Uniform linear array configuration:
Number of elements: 64
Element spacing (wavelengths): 0.25
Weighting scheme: kaiser
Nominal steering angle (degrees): -45
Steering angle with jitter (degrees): -44.741
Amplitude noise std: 0.05
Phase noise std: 0.05

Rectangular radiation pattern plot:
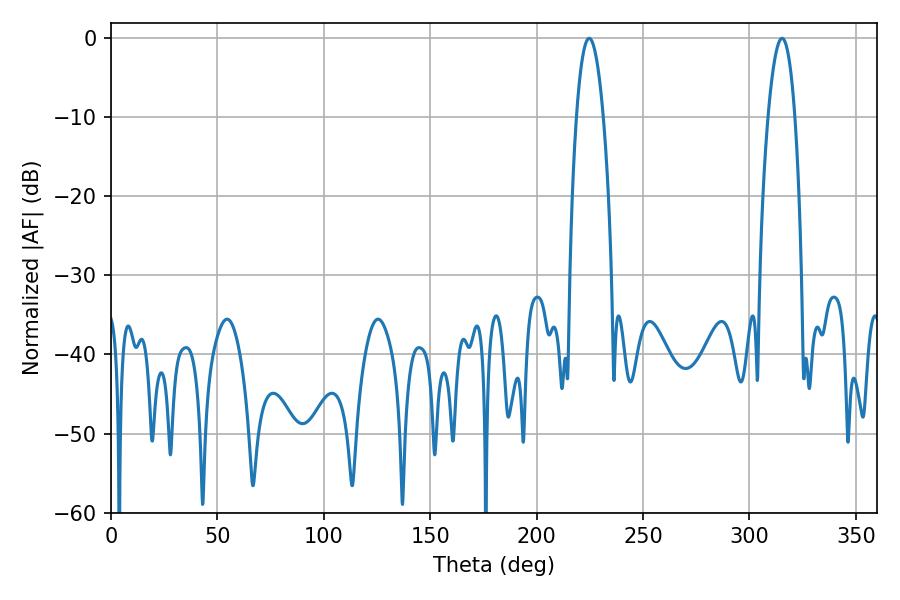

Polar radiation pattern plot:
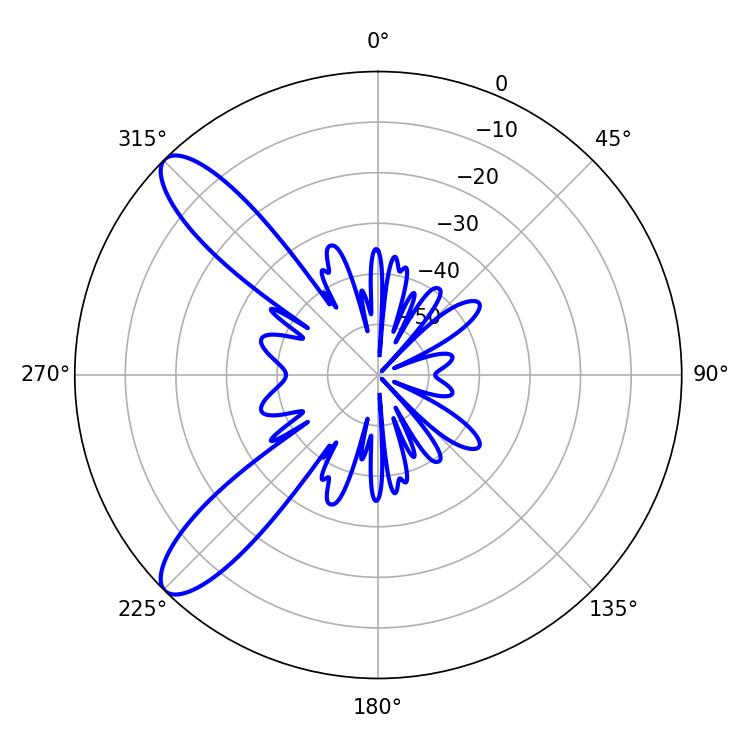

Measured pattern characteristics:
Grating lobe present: FALSE
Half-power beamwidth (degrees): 7.02
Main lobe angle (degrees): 224.64